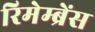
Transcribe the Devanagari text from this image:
रिमेम्ब्रेंस